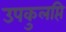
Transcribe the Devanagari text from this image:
उपकुलप्ति